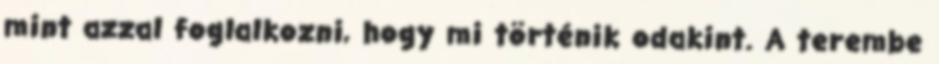
mint azzal foglalkozni, hogy mi történik odakint. A terembe